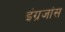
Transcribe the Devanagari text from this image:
इंग्रजांस